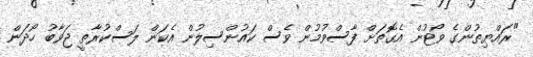
"ރައްޔިތުންގެ ވޯޓުން އެގޮތަށް ފާސްވުމުން ވެސް ކައުންސިލުން އެކަން ލަސްކުރާތީ ޖަވާބު ހޯދަން